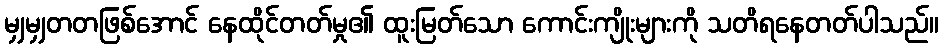
မျှမျှတတဖြစ်အောင် နေထိုင်တတ်မှု၏ ထူးမြတ်သော ကောင်းကျိုးများကို သတိရနေတတ်ပါသည်။